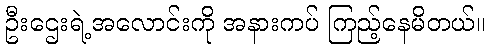
ဦးဌေးရဲ့အလောင်းကို အနားကပ် ကြည့်နေမိတယ်။